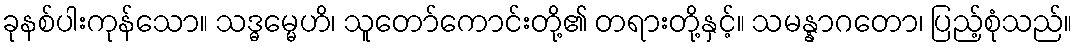
ခုနစ်ပါးကုန်သော။ သဒ္ဓမ္မေဟိ၊ သူတော်ကောင်းတို့၏ တရားတို့နှင့်။ သမန္နာဂတော၊ ပြည့်စုံသည်။